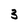
Character: 3